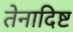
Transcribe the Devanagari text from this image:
तेनादिष्ट